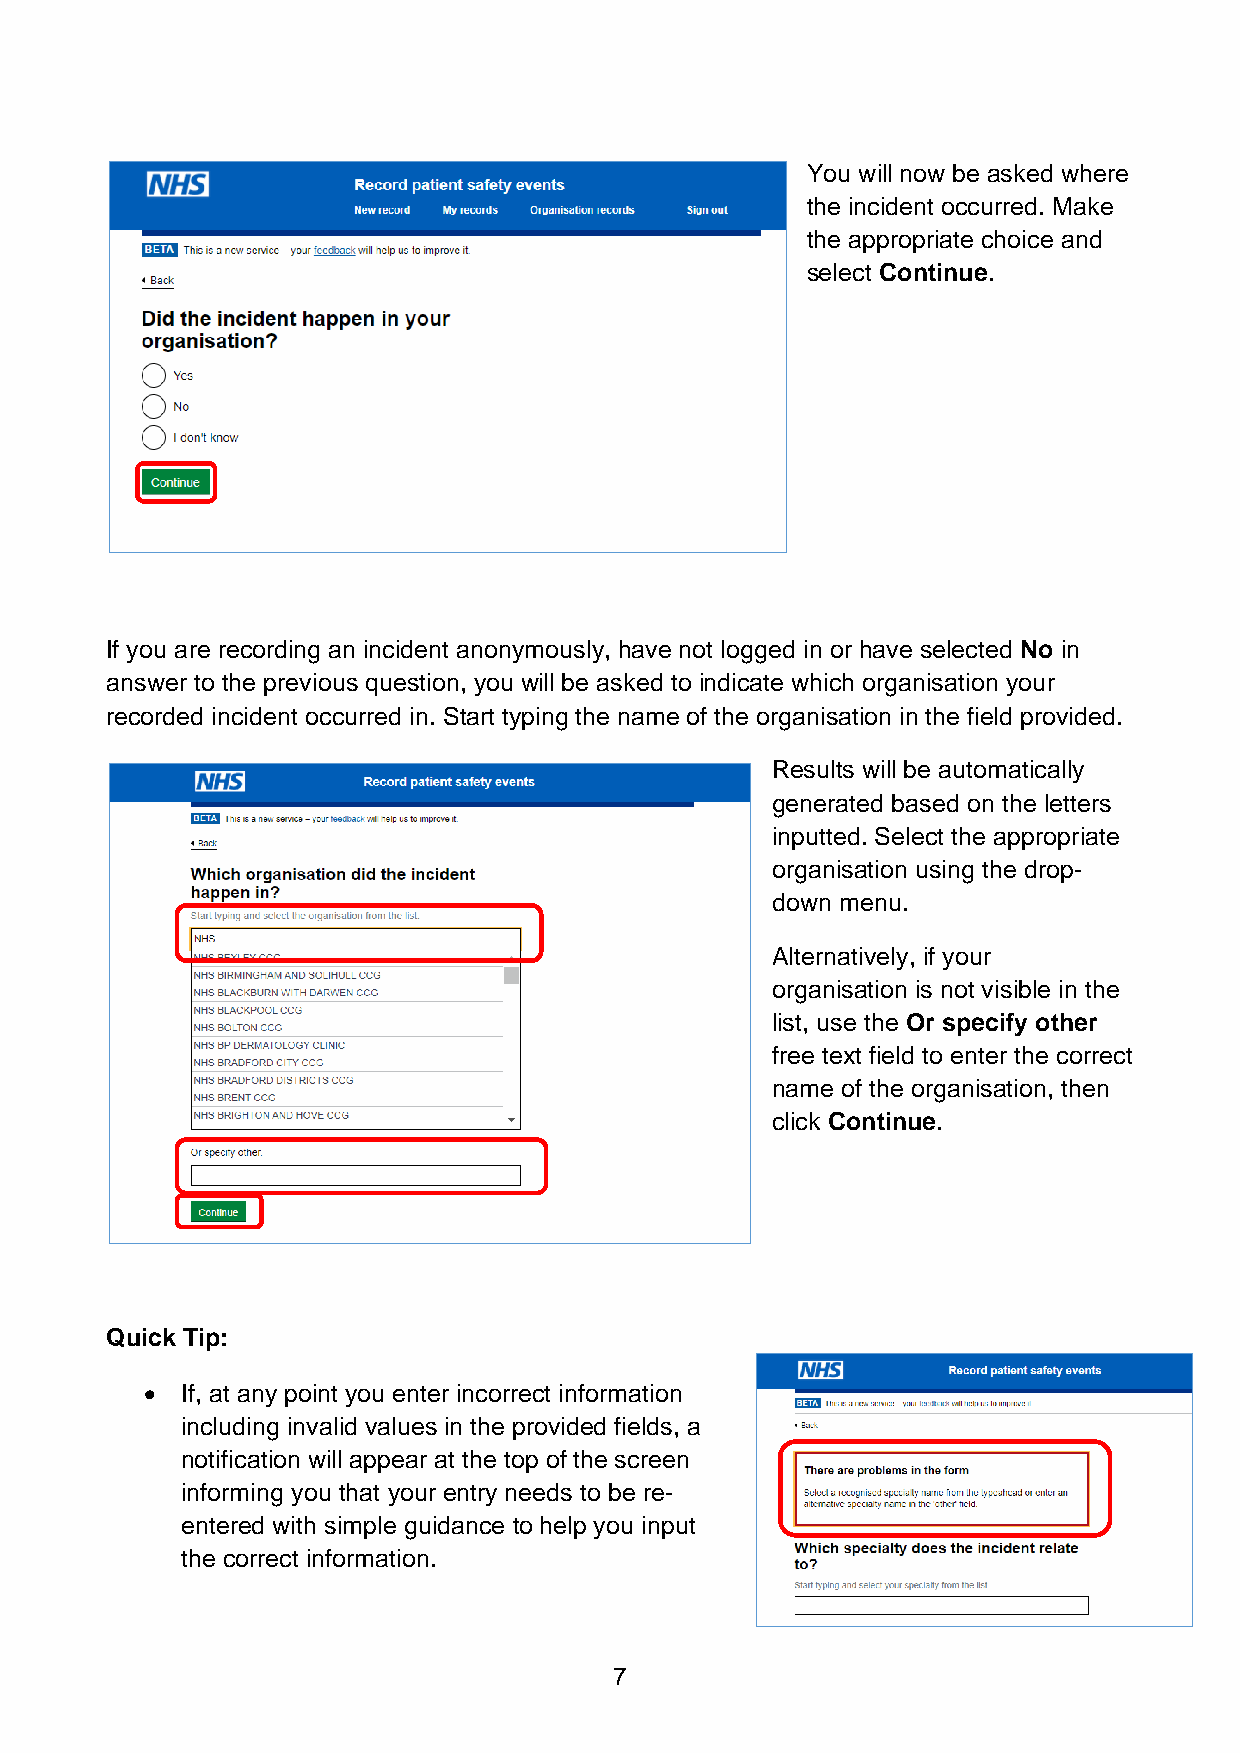
You will now be asked where
 the incident occurred. Make
 the appropriate choice and
 select Continue.
 If you are recording an incident anonymously, have not logged in or have selected No in
 answer to the previous question, you will be asked to indicate which organisation your
 recorded incident occurred in. Start typing the name of the organisation in the field provided.
 Results will be automatically
 generated based on the letters
 inputted. Select the appropriate
 organisation using the drop-
 down menu.
 Alternatively, if your
 organisation is not visible in the
 list, use the Or specify other
 free text field to enter the correct
 name of the organisation, then
 click Continue.
 Quick Tip:
 • If, at any point you enter incorrect information
 including invalid values in the provided fields, a
 notification will appear at the top of the screen
 informing you that your entry needs to be re-
 entered with simple guidance to help you input
 the correct information.
 7